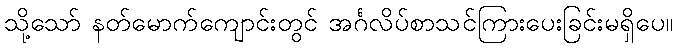
သို့သော် နတ်မောက်ကျောင်းတွင် အင်္ဂလိပ်စာသင်ကြားပေးခြင်းမရှိပေ။